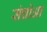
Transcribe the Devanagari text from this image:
संचोआ